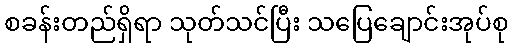
စခန်းတည်ရှိရာ သုတ်သင်ပြီး သပြေချောင်းအုပ်စု